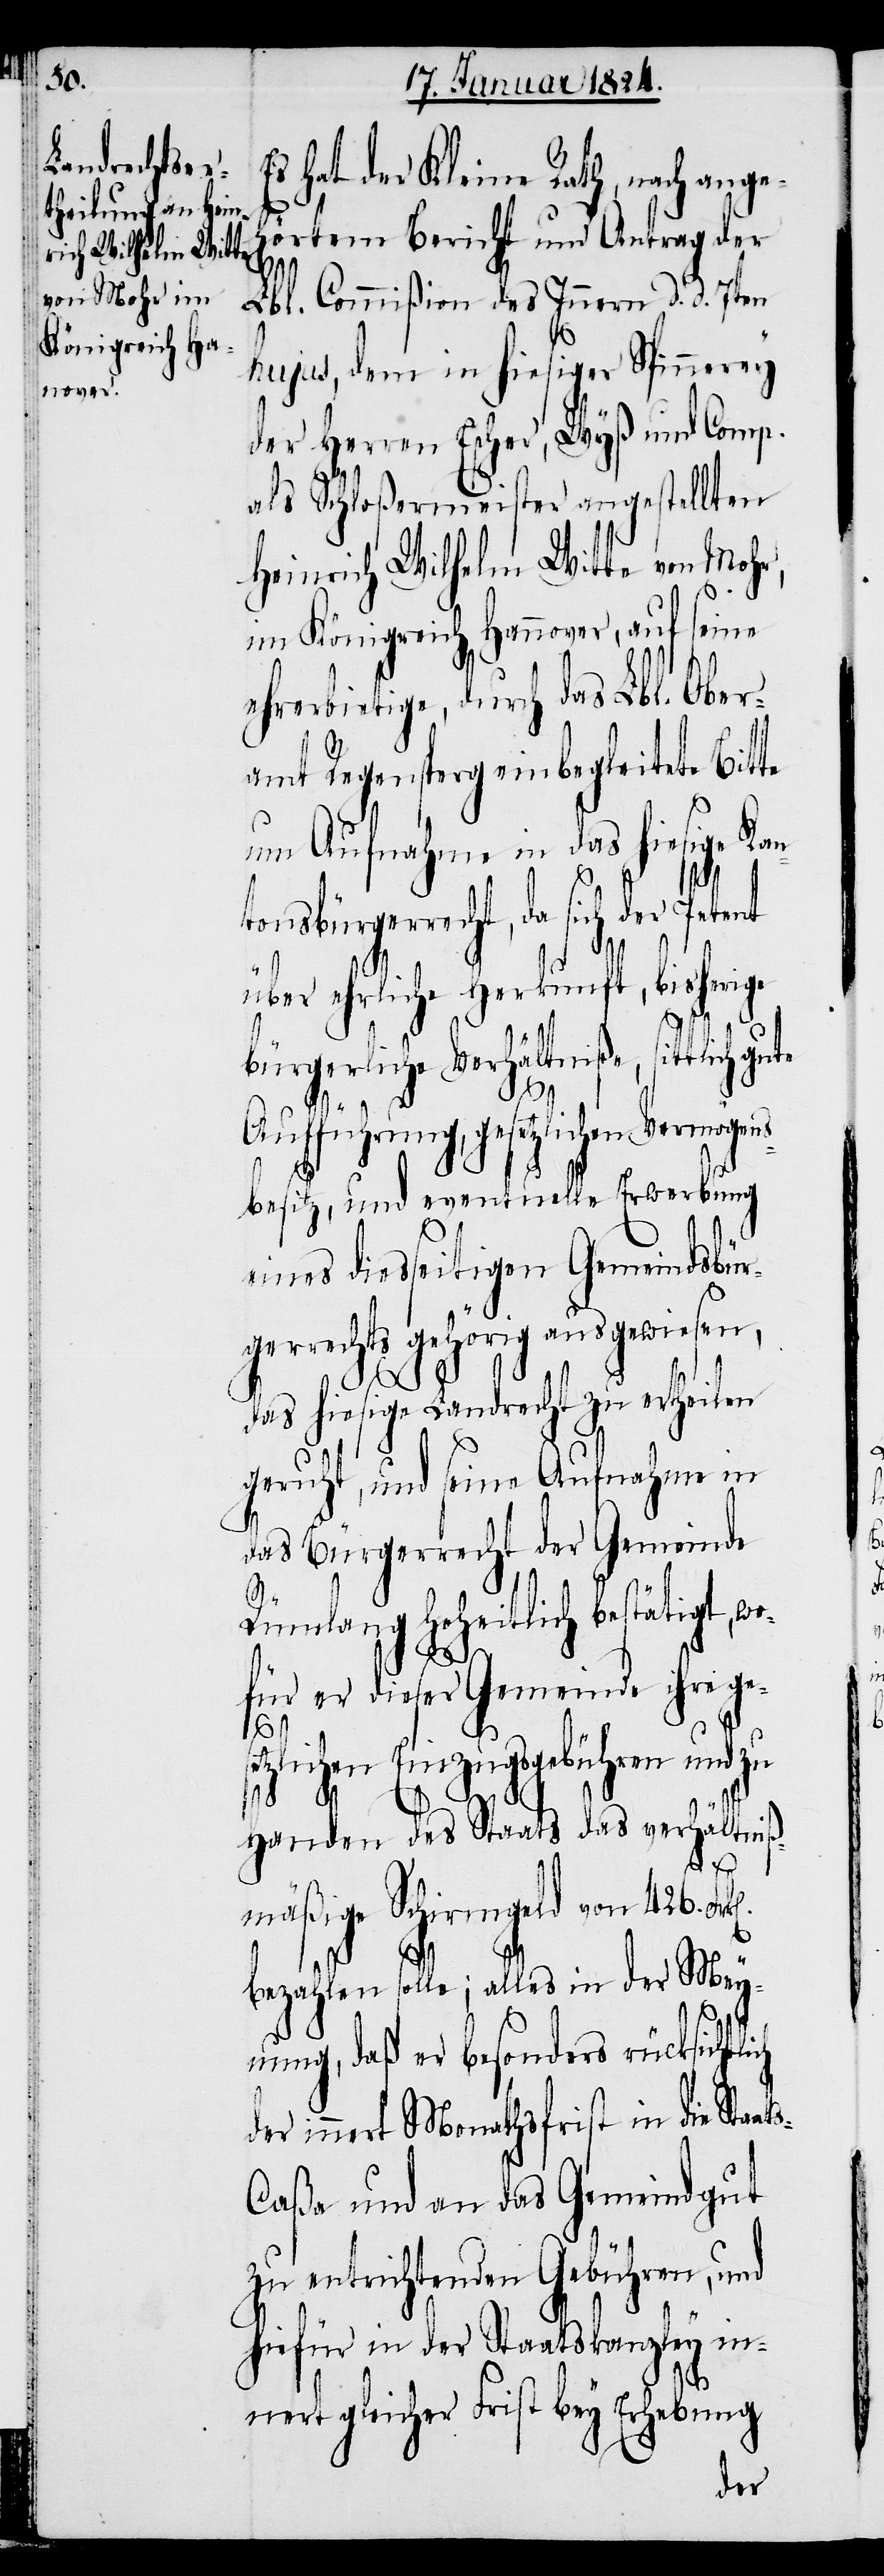
s hat der Kleine Rath, nach ange¬
hörtem Bericht und Antrag der
Lbl. Commißion des Innern d. d. 7ten
hujus, dem in hiesiger Spinnerey
der Herren Escher, Wyß und Comp.
als Schloßermeister angestellten
Heinrich Wilhelm Witte von Mohr,
im Königreich Hannover, auf seine
ehrerbietige, durch das Lbl. Ober¬
amt Regensperg einbegleitete Bitte
um Aufnahme in das hiesige Kan¬
tonsbürgerrecht, da sich der Petent
über ehrliche Herkunft, bisherige
bürgerliche Verhältniße, sittlich
Aufführung, gesetzlichen Vermöge¬
s-C¬
besitz, und eventuelle Erwerbung
eines diesseitigen Gemeindsbür¬
gerrechts gehörig ausgewiesen,
das hiesige Landrecht zu ertheilen
geruht, und seine Aufnahme in
das Bürgerrecht der Gemeinde
Rümlang hoheitlich bestätigt, w¬
ofür er dieser Gemeinde ihre ge¬
tzlichen Einzugsgebühren und zu
Handen des Staats das verhältniß¬
mäßige Schirmgeld von 426.
bezahlen solle; alles in der Mey¬
nung, daß besonders rücksichtl¬
der innert Monathsfrist in die Staat¬
aßa und an das Gemeindgut
zu entrichtenden Gebühren, und
hiefür in der Staatskanzley in¬
nert gleicher Frist bey Erhebung